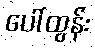
ပေါ်ထွန်း